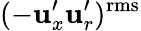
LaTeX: (-\mathbf{u}_{x}^{\prime}\mathbf{u}_{r}^{\prime})^{\mathrm{{rms}}}